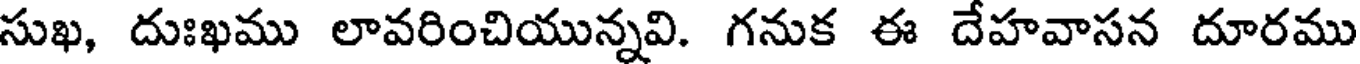
సుఖ, దుఃఖము లావరించియున్నవి. గనుక ఈ దేహవాసన దూరము